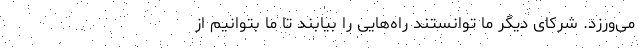
می‌ورزد. شرکای دیگر ما توانستند راه‌هایی را بیابند تا ما بتوانیم از